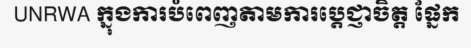
UNRWA ក្នុងការបំពេញតាមការប្តេជ្ញាចិត្ត ផ្នែក